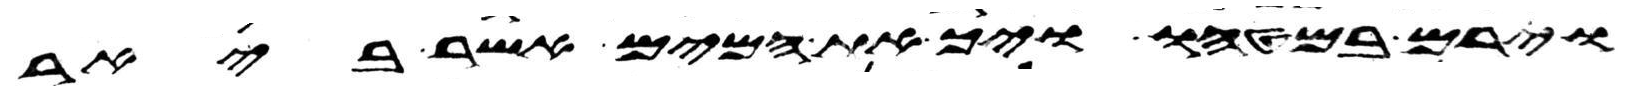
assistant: וירם במטהו ויך את המים אשר ביאר